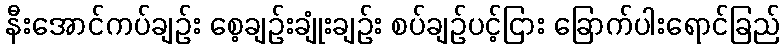
နီးအောင်ကပ်ချဉ်း စေ့ချဉ်းချုံးချဉ်း စပ်ချဉ်ပင့်ငြား ခြောက်ပါးရောင်ခြည်